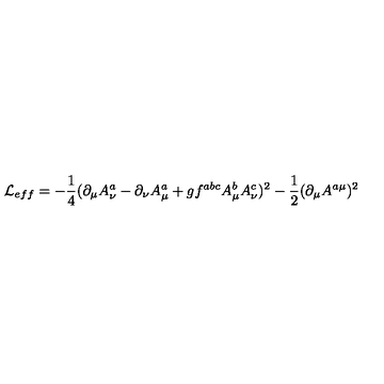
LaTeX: { \cal L } _ { e f f } = - \frac { 1 } { 4 } ( \partial _ { \mu } A _ { \nu } ^ { a } - \partial _ { \nu } A _ { \mu } ^ { a } + g f ^ { a b c } A _ { \mu } ^ { b } A _ { \nu } ^ { c } ) ^ { 2 } - \frac { 1 } { 2 } ( \partial _ { \mu } A ^ { a \mu } ) ^ { 2 }